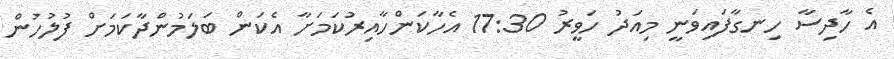
އެ ހާދިސާ ހިނގާފައިވަނީ މިއަދު ހަވީރު 17:30 އެހާކަންހާއިރުކަމަށާ އެކަން ބަލަމުންދާކަމަށް ފުލުހުން